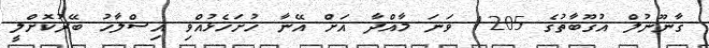
ގާނޫނުލް އުގޫބާތުގެ 1205 ވަނަ މާއްދާ އަށް އޭނާ ހުށަހެޅުއްވި އިސްލާހު ބޭރުކޮށްލީ